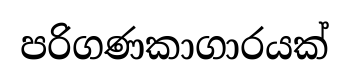
පරිගණකාගාරයක්